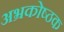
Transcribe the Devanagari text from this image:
अभ्रकोष्ठक